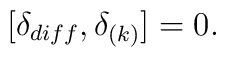
[\delta _{diff} ,\delta _{(k)}] =0 .